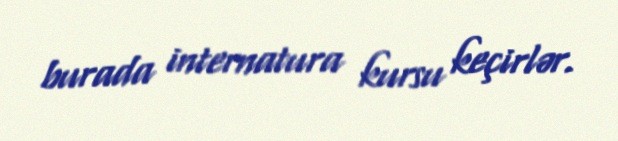
burada internatura kursu keçirlər.